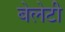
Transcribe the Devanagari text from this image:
बेलेटी